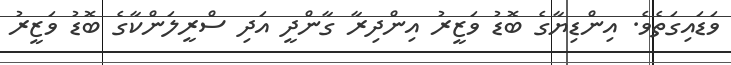
ވަޑައިގަތެވެ. އިންޑިޔާގެ ބޮޑު ވަޒީރު އިންދިރާ ގާންދީ އަދި ސްރީލަންކާގެ ބޮޑު ވަޒީރު